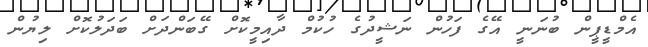
އެމްޑީޕީން ބުނަނީ އޭގެ ފަހުން ނަޝީދުގެ ހުކުމް ދާއިމީކޮށް ގޭބަންދަށް ބަދަލުކޮށް ލިޔުން